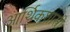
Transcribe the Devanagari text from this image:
आर्थिकशास्त्री